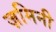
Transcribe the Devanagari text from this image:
ज़मिनी